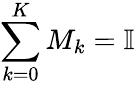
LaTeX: \sum_{k=0}^{K}M_{k}=\mathbb{I}